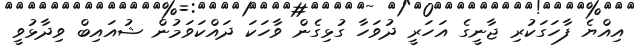
އިއްޔެ ފާހަގަކުރި ޖާނީގެ އަހަރީ ދުވަހާ ގުޅިގެން ވާހަކަ ދައްކަވަމުން ޝުއައިބް ވިދާޅުވީ